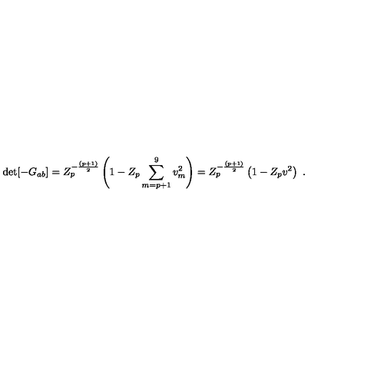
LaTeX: \det [ - G _ { a b } ] = Z _ { p } ^ { - { \frac { ( p + 1 ) } { 2 } } } \left( 1 - Z _ { p } \sum _ { m = p + 1 } ^ { 9 } v _ { m } ^ { 2 } \right) = Z _ { p } ^ { - { \frac { ( p + 1 ) } { 2 } } } \left( 1 - Z _ { p } v ^ { 2 } \right) \ .